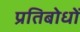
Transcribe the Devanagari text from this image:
प्रतिबोधों